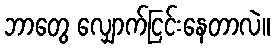
ဘာတွေ လျှောက်ငြင်းနေတာလဲ။